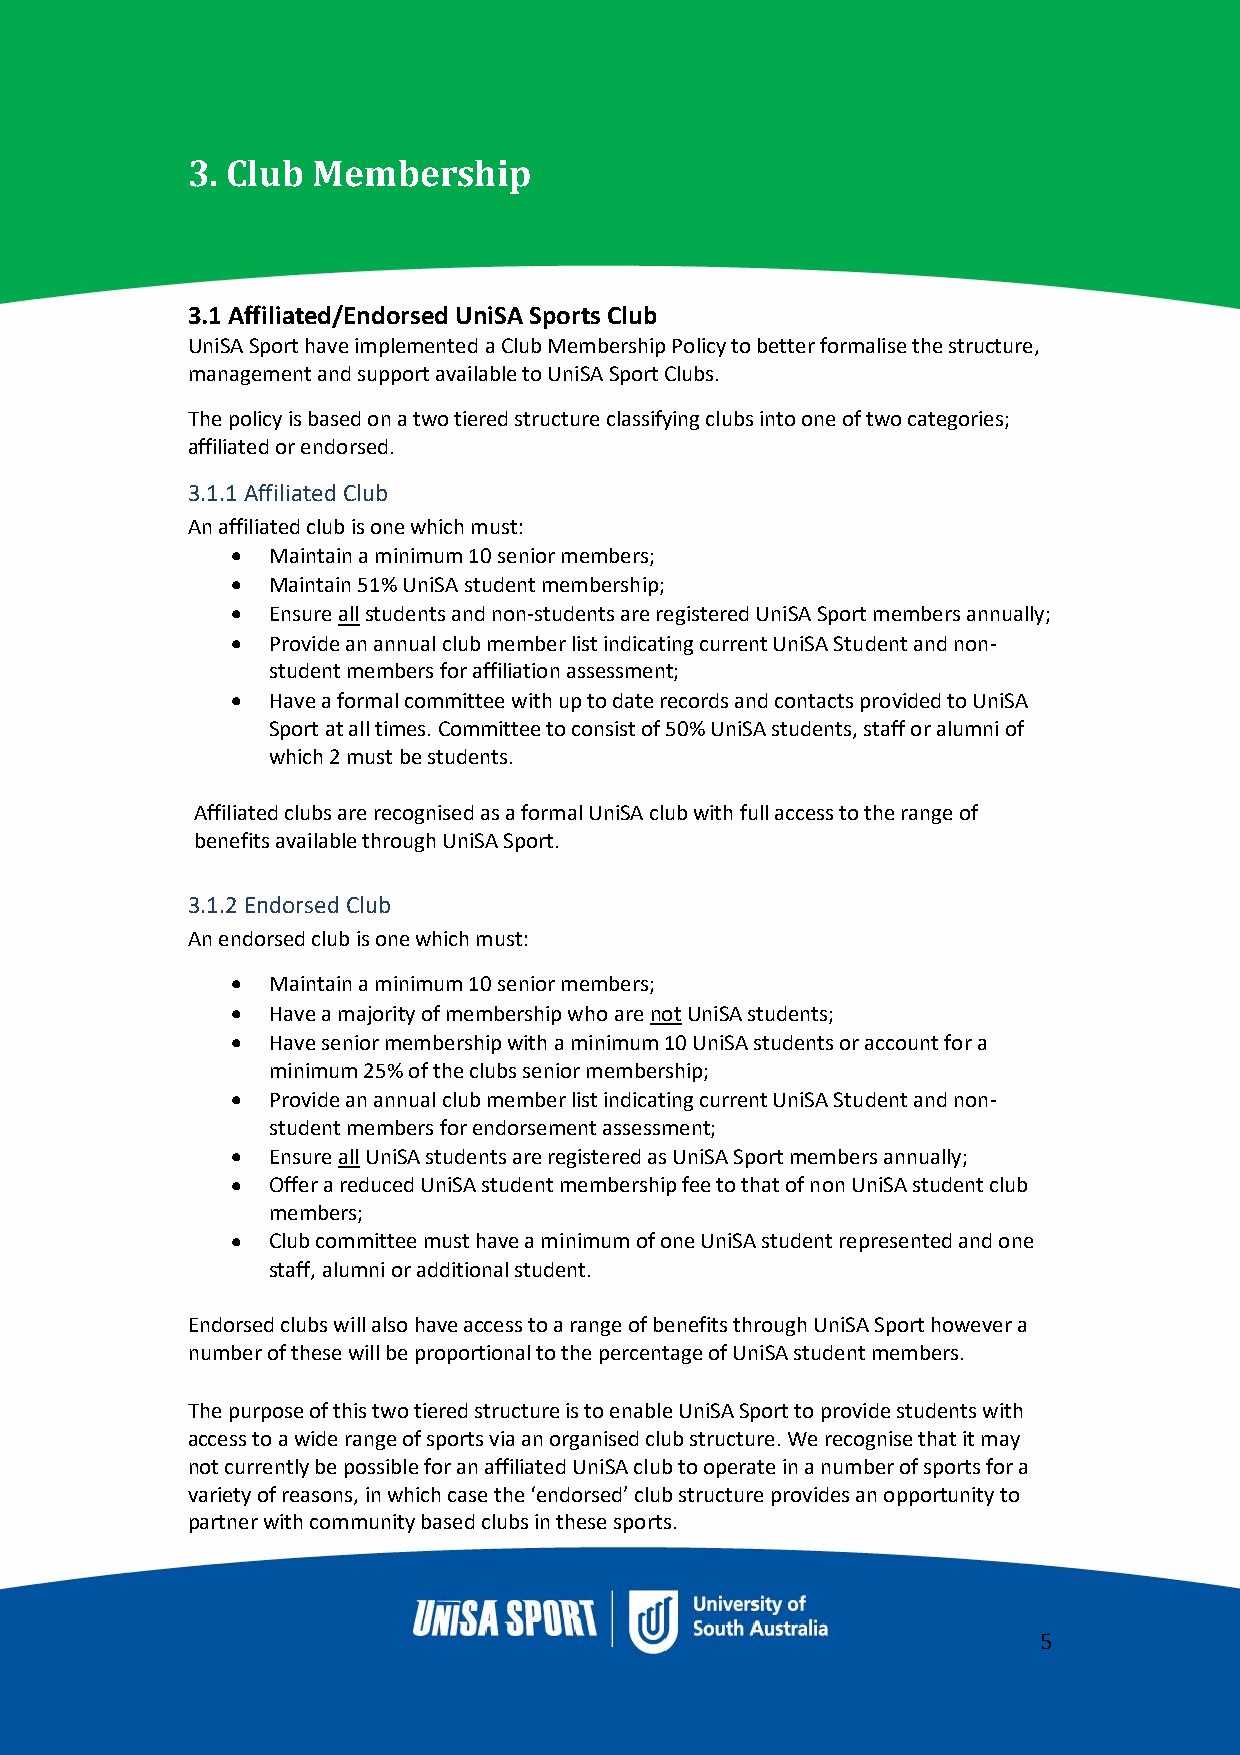
3. Club  Membership
 3.1 Affiliated/Endorsed UniSA Sports Club
 UniSA Sport have implemented a Club Membership Policy to better formalise the structure,
 management and support available to UniSA Sport Clubs.
 The policy is based on a two tiered structure classifying clubs into one of two categories;
 affiliated or endorsed.
 3.1.1 Affiliated Club
 An affiliated club is one which must:
 •  Maintain a minimum 10 senior members;
 •  Maintain 51% UniSA student membership;
 •  Ensure all students and non-students are registered UniSA Sport members annually;
 •  Provide an annual club member list indicating current UniSA Student and non-
 student members for affiliation assessment;
 •  Have a formal committee with up to date records and contacts provided to UniSA
 Sport at all times. Committee to consist of 50% UniSA students, staff or alumni of
 which 2 must be students.
 Affiliated clubs are recognised as a formal UniSA club with full access to the range of
 benefits available through UniSA Sport.
 3.1.2 Endorsed Club
 An endorsed club is one which must:
 •  Maintain a minimum 10 senior members;
 •  Have a majority of membership who are not UniSA students;
 •  Have senior membership with a minimum 10 UniSA students or account for a
 minimum 25% of the clubs senior membership;
 •  Provide an annual club member list indicating current UniSA Student and non-
 student members for endorsement assessment;
 •  Ensure all UniSA students are registered as UniSA Sport members annually;
 •  Offer a reduced UniSA student membership fee to that of non UniSA student club
 members;
 •  Club committee must have a minimum of one UniSA student represented and one
 staff, alumni or additional student.
 Endorsed clubs will also have access to a range of benefits through UniSA Sport however a
 number of these will be proportional to the percentage of UniSA student members.
 The purpose of this two tiered structure is to enable UniSA Sport to provide students with
 access to a wide range of sports via an organised club structure. We recognise that it may
 not currently be possible for an affiliated UniSA club to operate in a number of sports for a
 variety of reasons, in which case the ‘endorsed’ club structure provides an opportunity to
 partner with community based clubs in these sports.
 5